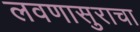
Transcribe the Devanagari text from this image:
लवणासुराचा